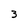
Character: 3